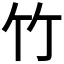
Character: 竹